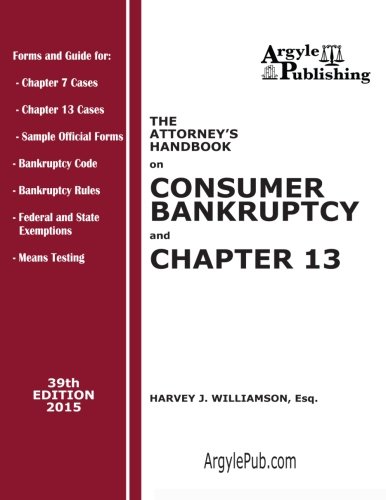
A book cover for The Attorney's Handbook on Consumer Bankruptcy and Chapter 13: 39th Edition, 2015; Harvey J. Williamson Esq.; Law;